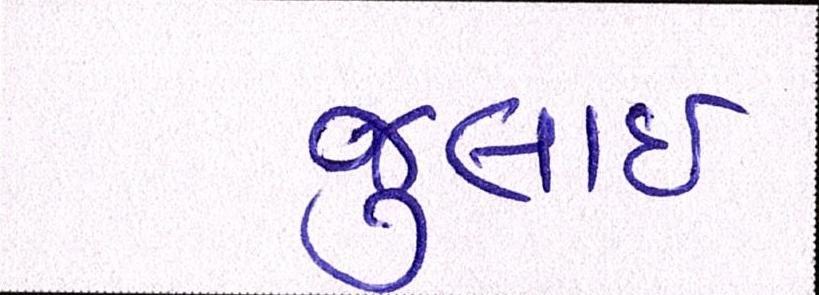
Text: જુલાઇ